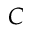
C